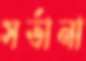
সর্ভানা